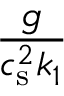
\frac { g } { c _ { \mathrm { s } } ^ { 2 } k _ { 1 } }